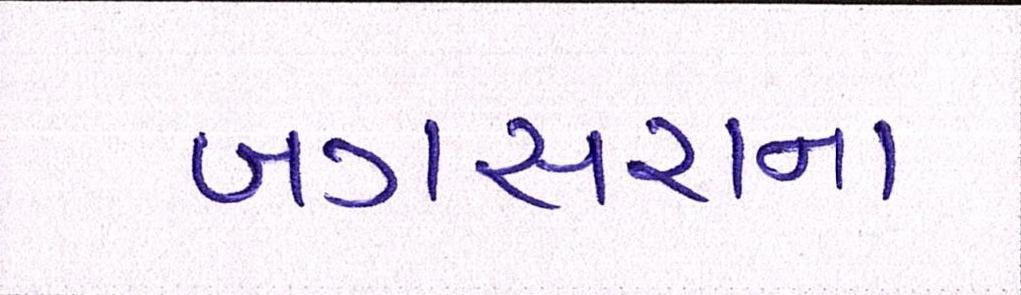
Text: બગસરાના